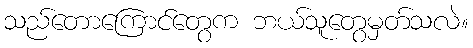
သည်တောကြောင်တွေက ဘယ်သူတွေမှတ်သလဲ။